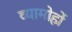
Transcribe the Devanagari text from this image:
व्यामोहों